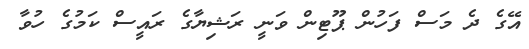
އޭގެ ދެ މަސް ފަހުން ޕޫޓިން ވަނީ ރަޝިޔާގެ ރައީސް ކަމުގެ ހުވާ